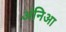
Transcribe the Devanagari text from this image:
अंनिआ